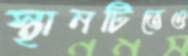
স্থানটিতেও